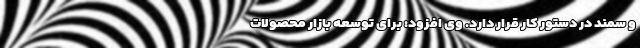
و سمند در دستور کار قرار دارد. وی افزود: برای توسعه بازار محصولات